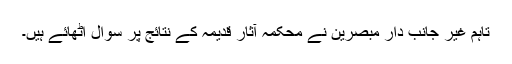
تاہم غیر جانب دار مبصرین نے محکمہ آثارِ قدیمہ کے نتائج پر سوال اٹھائے ہیں۔